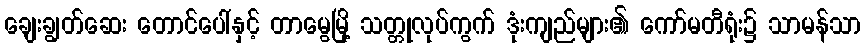
ချေးချွတ်ဆေး တောင်ပေါ်နှင့် တာမွေမြို့ သတ္တုလုပ်ကွက် ဒုံးကျည်များ၏ ကော်မတီရုံး၌ သာမန်သာ